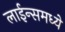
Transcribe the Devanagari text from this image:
लाईन्समध्ये